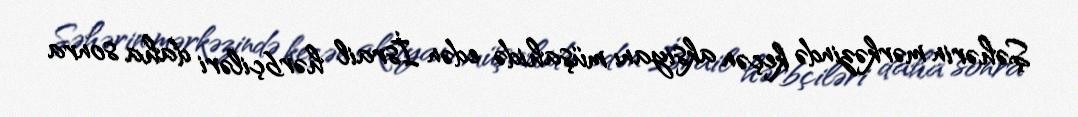
Şəhərin mərkəzində keçən aksiyanı müşahidə edən İsrail hərbçiləri daha sonra